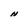
Character: H